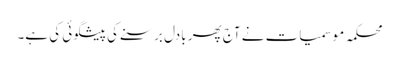
محکمہ موسمیات نے آج پھر بادل برسنے کی پیشگوئی کی ہے۔